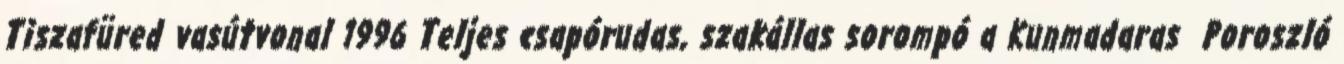
Tiszafüred vasútvonal 1996 Teljes csapórudas, szakállas sorompó a Kunmadaras Poroszló